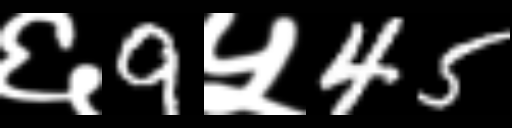
Text: ६9५45